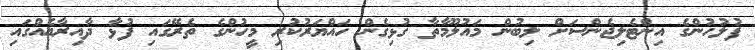
ފުލުހުންގެ އިންޓެލިޖެންސަށް ލިބުން މައުލޫމާތާ ގުޅިގެން ހައްޔަރުކުރި މީހުންގެ ތެރޭގައި ފުޅާ ދާއިރާއެއްގައި